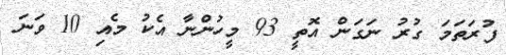
ފުރަތަމަ ގުރު ނަގަން އޮތީ 93 މީހުންނާ އެކު މެއި 10 ވަނަ